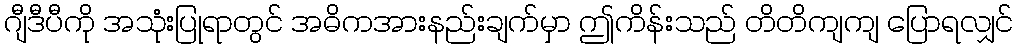
ဂျီဒီပီကို အသုံးပြုရာတွင် အဓိကအားနည်းချက်မှာ ဤကိန်းသည် တိတိကျကျ ပြောရလျှင်